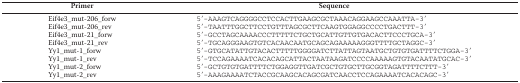
<table><thead><tr><td><b>Primer</b></td><td><b>Sequence</b></td></tr></thead><tbody><tr><td>Eif4e3_mut-206_forw</td><td>5′-AAAGTCAGGGGCCTCCACTTGAAGCGCTAAACAGGAAGCCAAATTA-3′</td></tr><tr><td>Eif4e3_mut-206_rev</td><td>5′-TAATTTGGCTTCCTGTTTAGCGCTTCAAGTGGAGGCCCCTGACTTT-3′</td></tr><tr><td>Eif4e3_mut-21_forw</td><td>5′-GCCTAGCAAAACCCTTTTTCTGCTGCATTGTTGTGACACTTCCCTGCA-3′</td></tr><tr><td>Eif4e3_mut-21_rev</td><td>5′-TGCAGGGAAGTGTCACAACAATGCAGCAGAAAAAGGGTTTTGCTAGGC-3′</td></tr><tr><td>Yy1_mut-1_forw</td><td>5′-GTGCATATTGTACACTTTTTGGGGATCTTATTAGTAATGCTGTGTGATTTTCTGGA-3′</td></tr><tr><td>Yy1_mut-1_rev</td><td>5′-TCCAGAAAATCACACAGCATTACTAATAAGATCCCCAAAAAGTGTACAATATGCAC-3′</td></tr><tr><td>Yy1_mut-2_forw</td><td>5′-GCTGTGTGATTTTCTGGAGGTTGATCGCTGTGCTTGCGGTAGATTTTCTTT-3′</td></tr><tr><td>Yy1_mut-2_rev</td><td>5′-AAAGAAAATCTACCGCAAGCACAGCGATCAACCTCCAGAAAATCACACAGC-3′</td></tr></tbody></table>